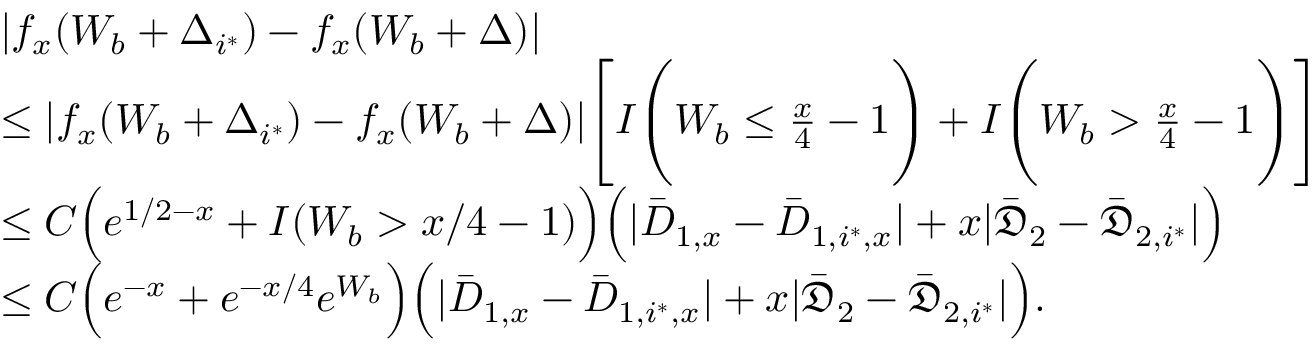
\begin{array} { r l } & { | f _ { x } ( W _ { b } + \Delta _ { i ^ { * } } ) - f _ { x } ( W _ { b } + \Delta ) | } \\ & { \leq | f _ { x } ( W _ { b } + \Delta _ { i ^ { * } } ) - f _ { x } ( W _ { b } + \Delta ) | \Bigg [ I \Bigg ( W _ { b } \leq \frac { x } { 4 } - 1 \Bigg ) + I \Bigg ( W _ { b } > \frac { x } { 4 } - 1 \Bigg ) \Bigg ] } \\ & { \leq C \Big ( e ^ { 1 / 2 - x } + I ( W _ { b } > x / 4 - 1 ) \Big ) \Big ( | \bar { D } _ { 1 , x } - \bar { D } _ { 1 , i ^ { * } , x } | + x | \bar { \mathfrak { D } } _ { 2 } - \bar { \mathfrak { D } } _ { 2 , i ^ { * } } | \Big ) } \\ & { \leq C \Big ( e ^ { - x } + e ^ { - x / 4 } e ^ { W _ { b } } \Big ) \Big ( | \bar { D } _ { 1 , x } - \bar { D } _ { 1 , i ^ { * } , x } | + x | \bar { \mathfrak { D } } _ { 2 } - \bar { \mathfrak { D } } _ { 2 , i ^ { * } } | \Big ) . } \end{array}